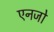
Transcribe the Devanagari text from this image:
एनजो